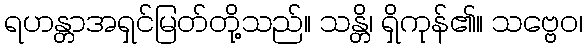
ရဟန္တာအရှင်မြတ်တို့သည်။ သန္တိ၊ ရှိကုန်၏။ သဗ္ဗေဝ၊